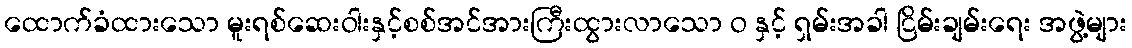
ထောက်ခံထားသော မူးရစ်ဆေးဝါးနှင့်စစ်အင်အားကြီးထွားလာသော ဝ နှင့် ရှမ်းအခါ ငြိမ်းချမ်းရေး အဖွဲ့များ